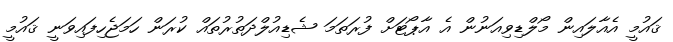
ޤައުމީ އެއާލައިން މޯލްޑިވިއަނުން އެ އާޕޯޓަށް ފުރަތަމަ ޝެޑިއުލްދަތުރުތައް ކުރަން ހަމަޖެހިފައިވަނީ ޤައުމީ